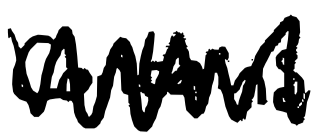
Text: contains
Cross-out: mix
Writing tool: digital_black